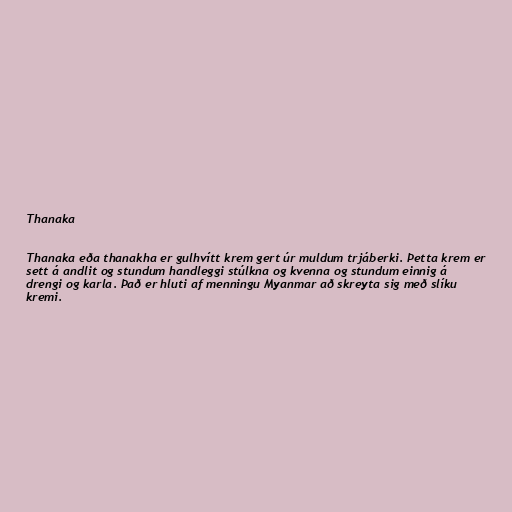
Thanaka

Thanaka eða thanakha er gulhvítt krem gert úr muldum trjáberki. Þetta krem er
sett á andlit og stundum handleggi stúlkna og kvenna og stundum einnig á
drengi og karla. Það er hluti af menningu Myanmar að skreyta sig með slíku
kremi.